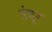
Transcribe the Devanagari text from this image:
तंबूर